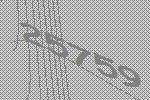
25759